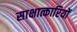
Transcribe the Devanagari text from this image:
साक्षात्कारियों